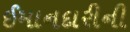
ઈમાનદારીની